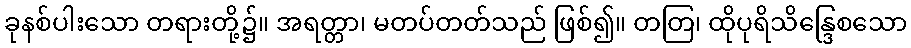
ခုနစ်ပါးသော တရားတို့၌။ အရတ္တာ၊ မတပ်တတ်သည် ဖြစ်၍။ တတြ၊ ထိုပုရိသိန္ဒြေစသော